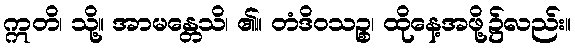
ဣတိ၊ သို့။ အာမန္တေသိ၊ ၏။ တံဒိဝသဉ္စ၊ ထိုနေ့အဖို့၌လည်း။